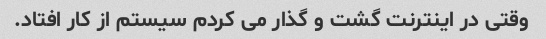
وقتی در اینترنت گشت و گذار می کردم سیستم از کار افتاد.